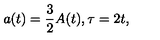
a ( t ) = \frac { 3 } { 2 } A ( t ) , \tau = 2 t ,